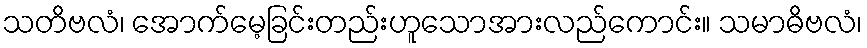
သတိဗလံ၊ အောက်မေ့ခြင်းတည်းဟူသောအားလည်ကောင်း။ သမာဓိဗလံ၊